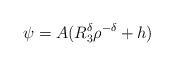
LaTeX: \begin{align*}\psi=A(R_{3}^{\delta}\rho^{-\delta}+h)\end{align*}